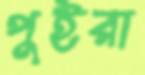
পুইরা